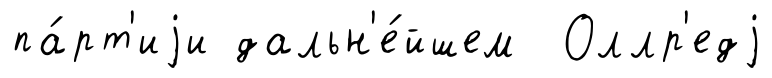
па́рт'иjи дальн'е́йшем Оллр'едj